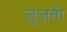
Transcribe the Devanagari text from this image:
जूजती